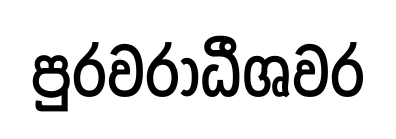
පුරවරාධීශවර